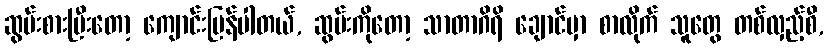
ဆွမ်းစားပြီးတော့ ကျောင်းပြန်ပါတယ်, ဆွမ်းကိုတော့ သာတာဂိရိ ချောင်မှာ စာလိုက် သူတွေ တစ်လှည့်စီ,